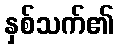
နှစ်သက်၏